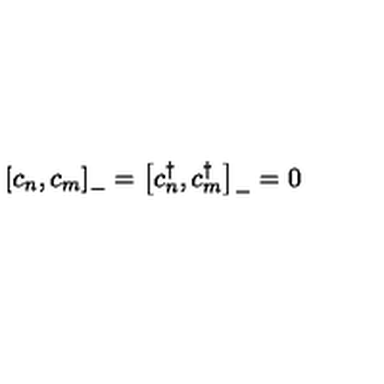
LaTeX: \left[ c _ { n } , c _ { m } \right] _ { - } = \left[ c _ { n } ^ { \dagger } , c _ { m } ^ { \dagger } \right] _ { - } = 0